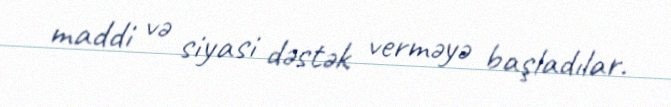
maddi və siyasi dəstək verməyə başladılar.